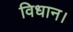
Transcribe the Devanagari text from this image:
विधान।